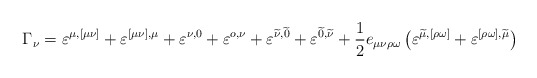
\begin{align*}\Gamma _\nu =\varepsilon ^{\mu ,[\mu \nu ]}+\varepsilon ^{[\mu \nu],\mu }+\varepsilon ^{\nu ,0}+\varepsilon ^{o,\nu }+\varepsilon^{\widetilde{\nu }, \widetilde{0}}+\varepsilon^{\widetilde{0},\widetilde{\nu }}+\frac 12e_{\mu \nu \rho \omega}\left( \varepsilon ^{\widetilde{\mu },[\rho \omega ]}+\varepsilon^{[\rho \omega ],\widetilde{\mu }}\right) \end{align*}